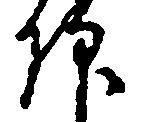
仰